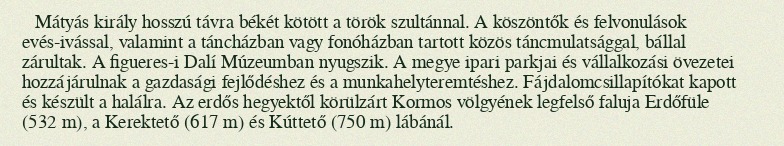
Mátyás király hosszú távra békét kötött a török szultánnal. A köszöntők és felvonulások evés-ivással, valamint a táncházban vagy fonóházban tartott közös táncmulatsággal, bállal zárultak. A figueres-i Dalí Múzeumban nyugszik. A megye ipari parkjai és vállalkozási övezetei hozzájárulnak a gazdasági fejlődéshez és a munkahelyteremtéshez. Fájdalomcsillapítókat kapott és készült a halálra. Az erdős hegyektől körülzárt Kormos völgyének legfelső faluja Erdőfüle (532 m), a Kerektető (617 m) és Kúttető (750 m) lábánál.